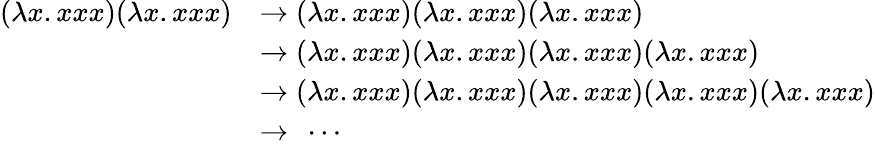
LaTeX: {\begin{array}{rl}{(\mathbf{\lambda}x.xxx)(\lambda x.xxx)}&{\rightarrow(\mathbf{\lambda}x.xxx)(\lambda x.xxx)(\lambda x.xxx)}\\ &{\rightarrow(\mathbf{\lambda}x.xxx)(\lambda x.xxx)(\lambda x.xxx)(\lambda x.xxx)}\\ &{\rightarrow(\mathbf{\lambda}x.xxx)(\lambda x.xxx)(\lambda x.xxx)(\lambda x.xxx)(\lambda x.xxx)}\\ &{\rightarrow\ \cdots\, }\end{array}}